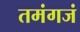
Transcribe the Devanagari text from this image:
तमंगजं